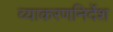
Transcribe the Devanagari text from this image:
व्याकरणनिर्देश